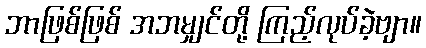
ဘာဖြစ်ဖြစ် အဘမျှင်တို့ ကြည့်လုပ်ခဲ့ဗျာ။